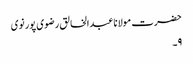
حضرت مولانا عبدالخالق رضوی پور نوی
۹۔